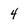
Character: 4